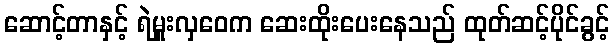
ဆောင့်တာနှင့် ရဲမှူးလှဝေက ဆေးထိုးပေးနေသည် ထုတ်ဆင့်ပိုင်ခွင့်